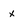
Character: x